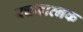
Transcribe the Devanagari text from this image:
रचनात्नक